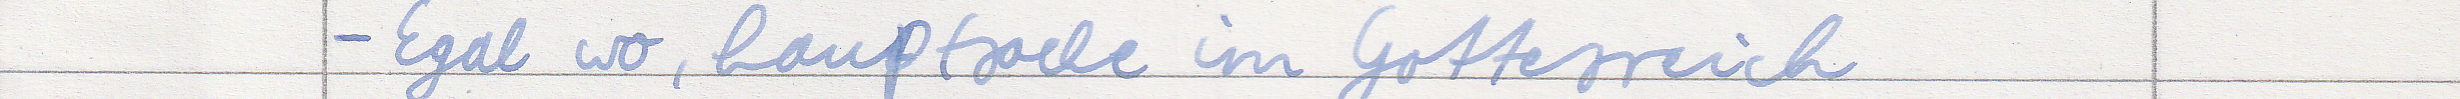
- Egal wo, hauptsache im Gottesreich